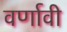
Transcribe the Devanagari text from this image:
वर्णावी